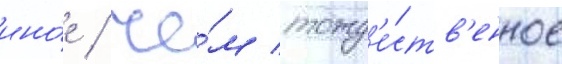
ино́е / че́м тожд'е́ств'енное